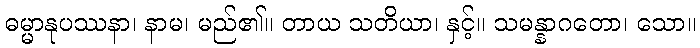
ဓမ္မာနုပဿနာ၊ နာမ၊ မည်၏။ တာယ သတိယာ၊ နှင့်။ သမန္နာဂတော၊ သော။